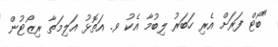
"ބޯޓް ފަރަށް އެރި ހަބަރު ލިބުމާ އެކު ވ. އަތޮޅު އަލިމަތާ ރިޒޯޓުން